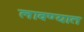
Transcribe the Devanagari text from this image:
लावण्‍यात